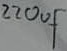
Text: 220µF